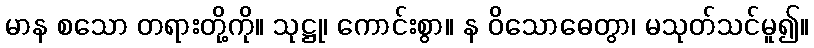
မာန စသော တရားတို့ကို။ သုဋ္ဌု၊ ကောင်းစွာ။ န ဝိသောဓေတွာ၊ မသုတ်သင်မူ၍။